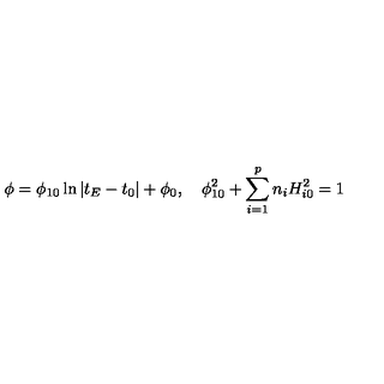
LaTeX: \phi = \phi _ { 1 0 } \ln \left| t _ { E } - t _ { 0 } \right| + \phi _ { 0 } , \quad \phi _ { 1 0 } ^ { 2 } + \sum _ { i = 1 } ^ { p } n _ { i } H _ { i 0 } ^ { 2 } = 1